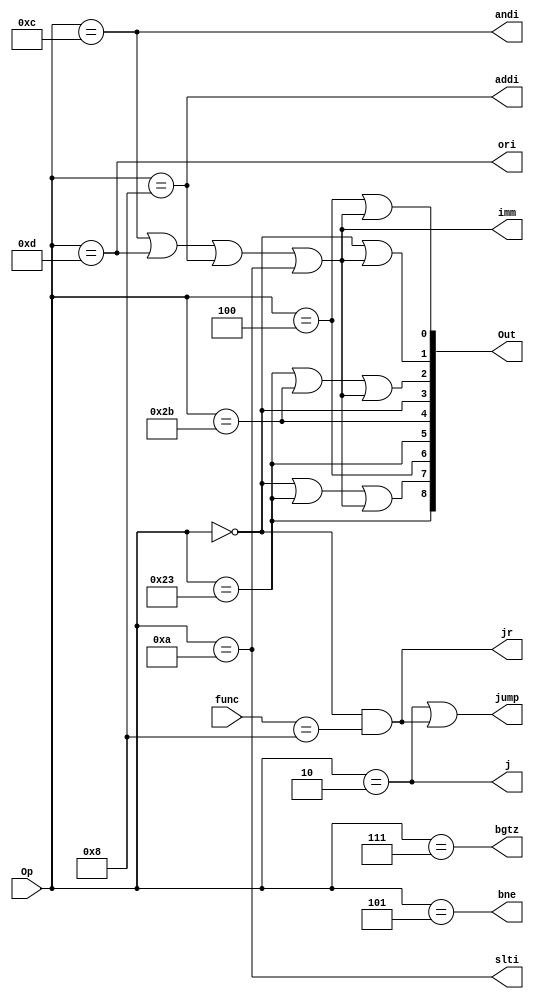
module Control(Op,func,Out,jump,bne,imm,andi,ori,addi,bgtz,j,jr,slti);
    input [5:0] Op;
    input [5:0] func; 
    output[8:0] Out;
    output jump,bne,imm,andi,ori,addi,bgtz,j,jr, slti;
    wire regdst,alusrc,memtoreg,regwrite,memread,memwrite,branch;
    
    //determines type of instruction    
    wire r = Op==6'h0;
    wire lw = Op==6'b100011;
    wire sw = Op==6'b101011;
    wire beq = Op==6'b000100;
    wire bne = Op==6'b000101;
    wire bgtz = Op==6'b000111;
    wire j = Op==6'b000010;
    wire jr=(Op==6'h0 && func == 6'h8);
    wire andi = Op==6'b001100;
    wire ori = Op==6'b001101;
    wire addi = Op==6'b001000;
    wire slti = (Op == 6'ha);
    wire imm = andi|ori|addi|slti;
    //immediate value type       

    assign jump = j | jr; 
    
    //seperate control arrays for reference    
    wire [3:0] EXE;
    wire [2:0] M;
    wire [1:0] WB;
    
    // microcode control       
    assign regdst = r;
    assign alusrc = lw|sw|imm;
    assign memtoreg = lw;
    assign regwrite = r|lw|imm;
    assign memread = lw;
    assign memwrite = sw;
    assign branch = beq;
    // EXE control  
    assign EXE[3] = regdst;
    assign EXE[2] = alusrc;
    assign EXE[1] = r|imm;
    assign EXE[0] = beq|imm;
    //M control  
    assign M[2] = branch;
    assign M[1] = memread;
    assign M[0] = memwrite;
    //WB control  
    assign WB[1] = memtoreg;
    //not same as diagram  
    assign WB[0] = regwrite;
   //output control  
    assign Out[8:7] = WB;
    assign Out[6:4] = M;
    assign Out[3:0] = EXE;
    
endmodule